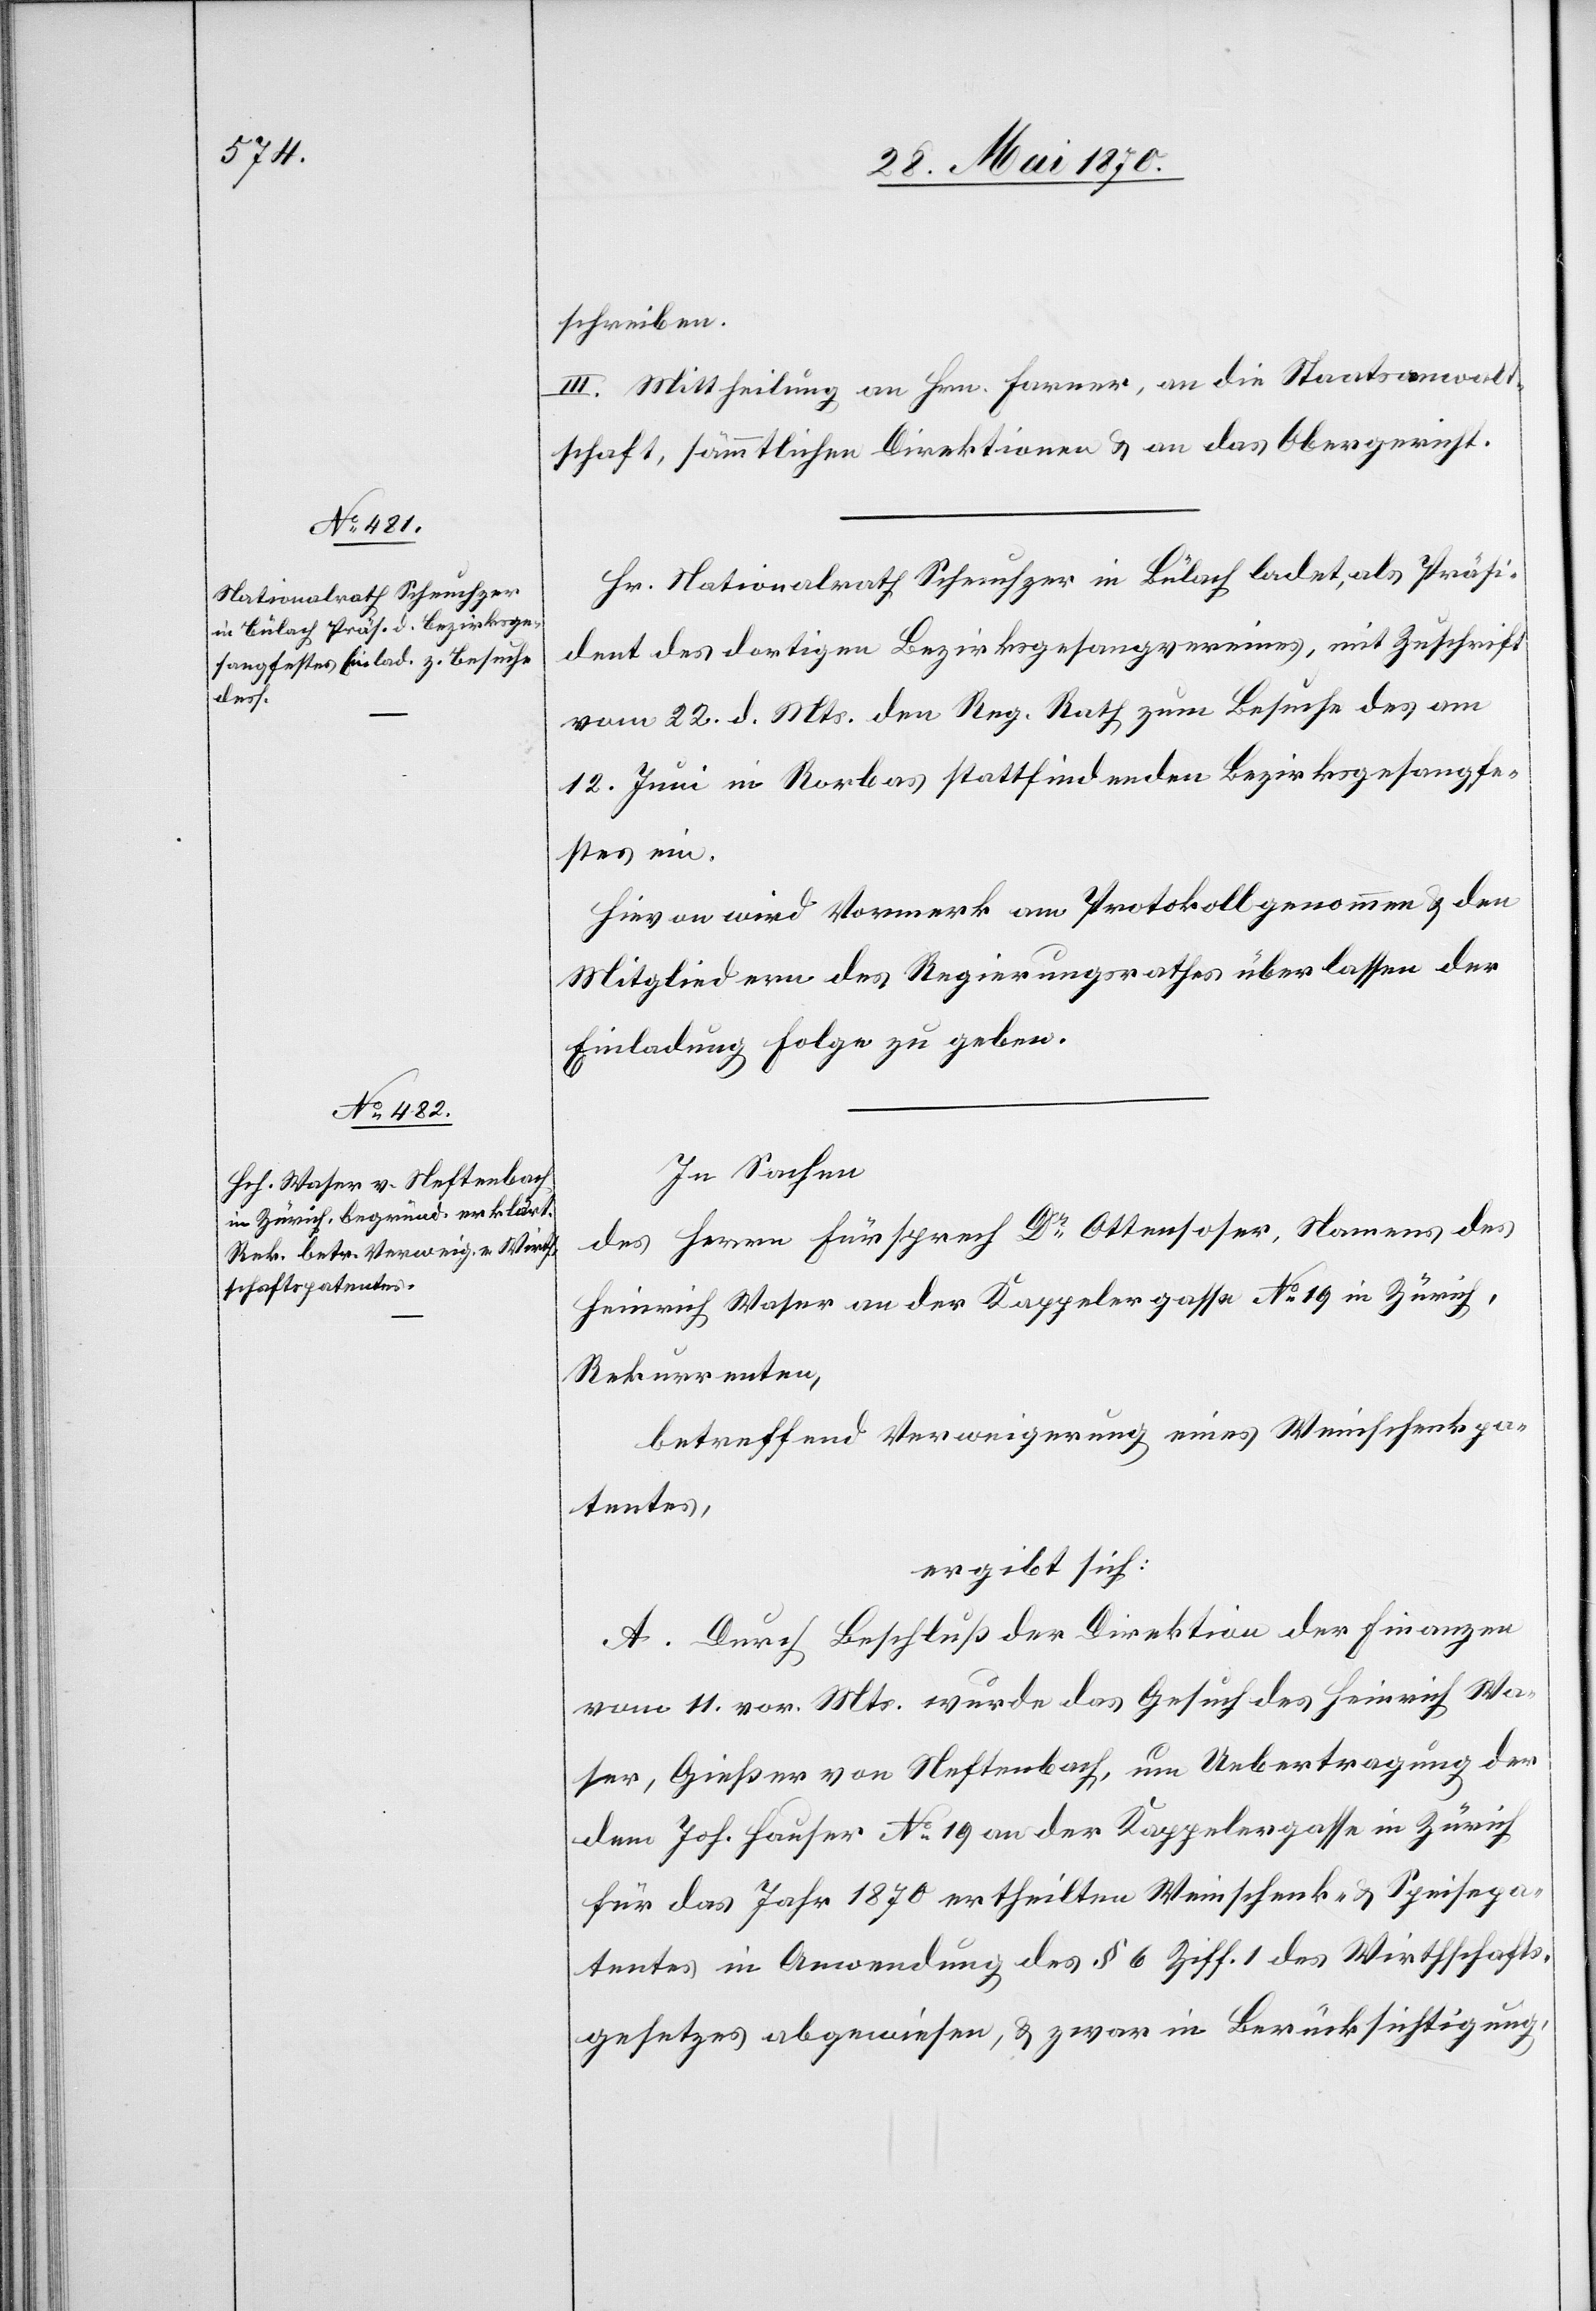
schreiben.
III. Mittheilung an Hrn. Farner, an die Staatsanwalt¬
schaft, sämmtlichen Direktionen & an das Obergericht.
Hr. Nationalrath Scheuchzer in Bülach ladet, als Präsi¬
dent des dortigen Bezirksgesangsvereines, mit Zuschrift
vom 22. d. Mts. den Reg. Rath zum Besuche des am
12. Juni in Rorbas stattfindenden Bezirksgesangfe¬
stes ein.
Hievon wird Vormerk am Protokoll genommen & den
Mitgliedern des Regierungsrathes überlassen der
Einladung Folge zu geben.
In Sachen
des Herrn Fürsprech Dr Ottensoser, Namens des
Heinrich Waser an der Kappelergasse No 19 in Zürich,
Rekurrenten,
betreffend Verweigerung eines Weinschenkpa¬
tentes,
ergibt sich:
A. Durch Beschluß der Direktion der Finanzen
vom 11. vor. Mts. wurde das Gesuch des Heinrich Wa¬
ser, Gießer von Neftenbach, um Uebertragung der
dem Joh. Hauser No 19 an der Kappelergasse in Zürich
für das Jahr 1870 ertheilten Weinschenk- & Speisepa¬
tentes in Anwendung des § 6 Ziff. 1 des Wirthschafts¬
gesetzes abgewiesen, & zwar in Berücksichtigung,